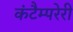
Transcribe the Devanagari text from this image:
कंटैम्परेरी